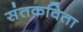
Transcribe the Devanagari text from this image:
संतकविता